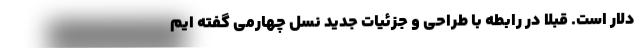
دلار است. قبلا در رابطه با طراحی و جزئیات جدید نسل چهارمی گفته ایم